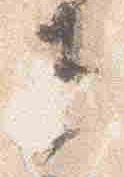
直